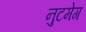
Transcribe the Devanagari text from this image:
नुटमेग